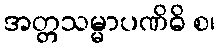
အတ္တသမ္မာပဏိဓိ စ၊